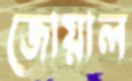
জোয়াল